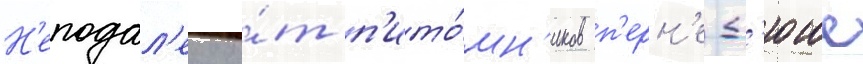
Н'еподал'еку о́т п'ито́мн'иков п'ерн'е-д'юше